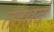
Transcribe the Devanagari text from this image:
तत्पादं